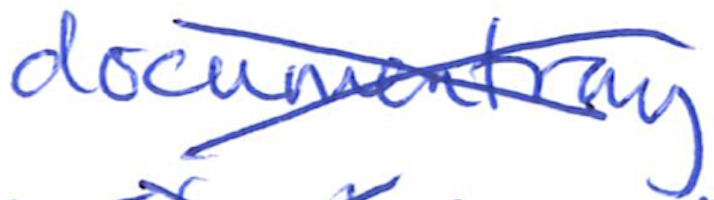
Text: documentary
Cross-out: cross
Writing tool: ballpoint